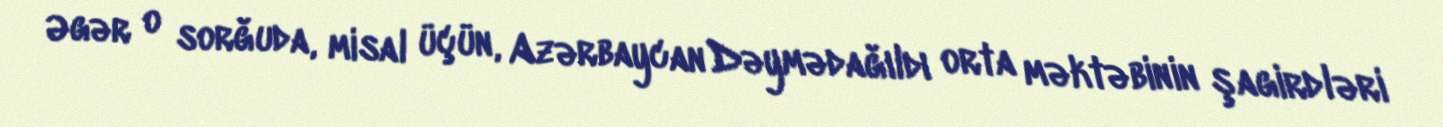
Əgər o sorğuda, misal üçün, Azərbaycan Dəymədağıldı orta məktəbinin şagirdləri